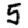
Digit: 5